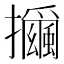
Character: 𰔻